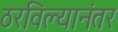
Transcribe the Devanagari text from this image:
ठरविल्यानंतर